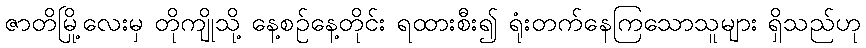
ဇာတိမြို့လေးမှ တိုကျိုသို့ နေ့စဉ်နေ့တိုင်း ရထားစီး၍ ရုံးတက်နေကြသောသူများ ရှိသည်ဟု